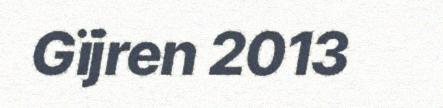
Gïjren 2013